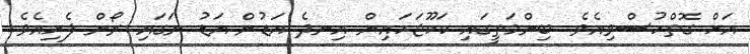
އަށް ގޮތްހުސްވިއެވެ. ބިންމަތީގައި ކަކޫޖަހައިން އިނދެ އަޑުން އަޑު ނަގައި ރޯން ފެށިއެވެ.